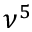
\nu ^ { 5 }